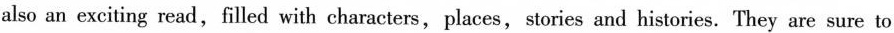
also an exciting read,filled with characters,places,stories and histories. They are sure to